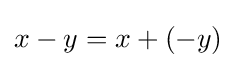
x-y=x+(-y)